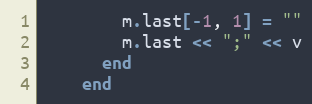
Language: Ruby
        m.last[-1, 1] = ""
        m.last << ";" << v
      end
    end